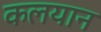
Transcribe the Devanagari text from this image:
कलयान